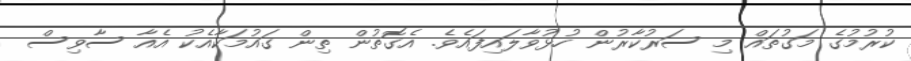
ކުރުމުގެ މަގުތައް މި ސަރުކާރުން ހުޅުވާލައިފައެވެ. އެގޮތުން ތިން ގައުމަކާއެކު އެއާ ސާވިސް